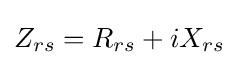
Z_{rs}=R_{rs}+iX_{rs}